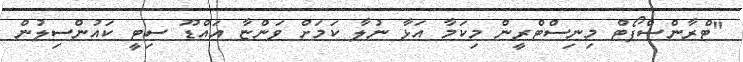
"ޓްރާންސްޕޯޓް މިނިސްޓްރީން މިކަމާ އަޅާ ނުލާ ކަމަށް ވަންޏާ އައްޑޫ ސިޓީ ކައުންސިލުން